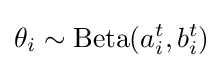
\theta _{i}\sim \mathrm {Beta} (a_{i}^{t},b_{i}^{t})